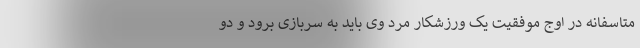
متاسفانه در اوج موفقیت یک ورزشکار مرد وی باید به سربازی برود و دو